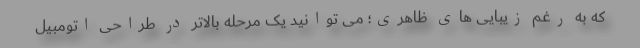
که به رغم زیبایی های ظاهری؛ می توانید یک مرحله بالاتر در طراحی اتومبیل